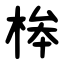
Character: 桳